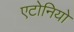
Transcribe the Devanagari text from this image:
एटोनियो